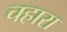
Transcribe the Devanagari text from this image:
चहारा